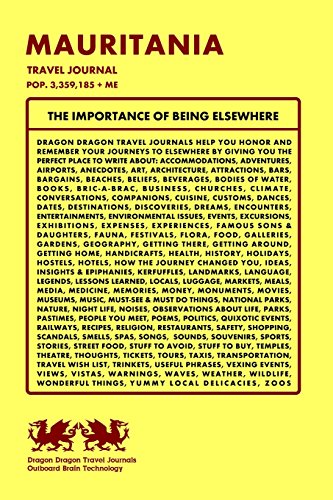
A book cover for Mauritania Travel Journal, Pop. 3,359,185 + Me; Dragon Dragon Travel Journals; Travel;